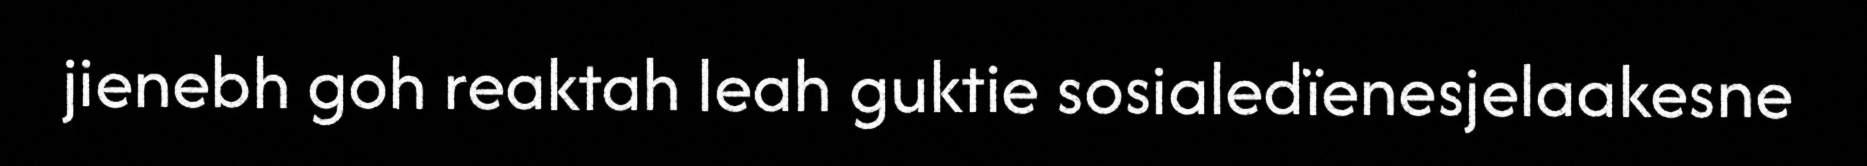
jienebh goh reaktah leah guktie sosialedïenesjelaakesne